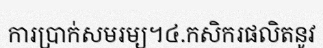
ការប្រាក់សមរម្យ។៤.កសិករផលិតនូវ